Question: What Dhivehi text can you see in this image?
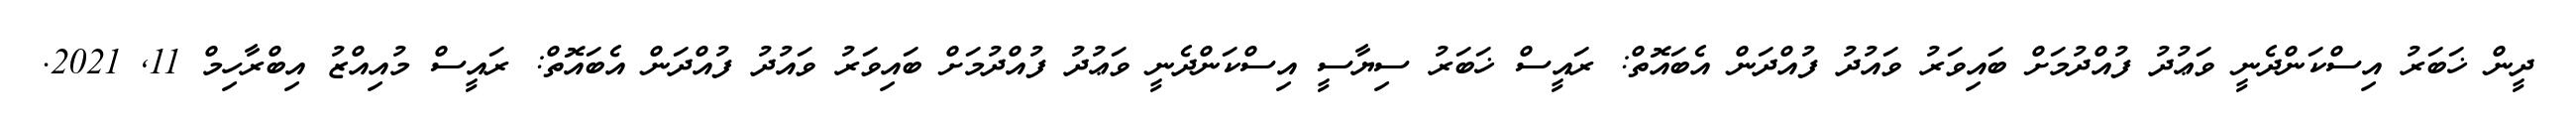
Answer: ދީން ޚަބަރު އިސްކަންދެނީ ވަޢުދު ފުއްދުމަށް ބައިވަރު ވައުދު ފުއްދަން އެބައޮތް: ރައީސް ޚަބަރު ސިޔާސީ އިސްކަންދެނީ ވަޢުދު ފުއްދުމަށް ބައިވަރު ވައުދު ފުއްދަން އެބައޮތް: ރައީސް މުއިއްޒު އިބްރާހިމް 11, 2021.